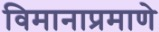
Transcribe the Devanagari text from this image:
विमानाप्रमाणे